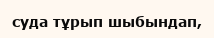
суда тұрып шыбындап,